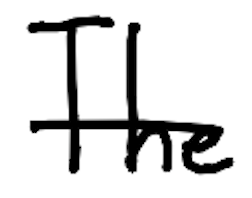
Text: The
Cross-out: mix
Writing tool: digital_black